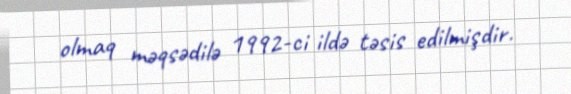
olmaq məqsədilə 1992-ci ildə təsis edilmişdir.